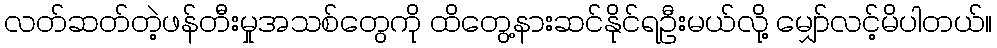
လတ်ဆတ်တဲ့ဖန်တီးမှုအသစ်တွေကို ထိတွေ့နားဆင်နိုင်ရဦးမယ်လို့ မျှော်လင့်မိပါတယ်။